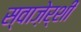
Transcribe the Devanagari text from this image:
स्वाज़ेर्शी